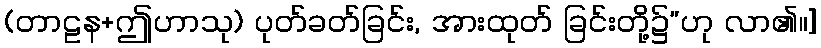
(တာဠန+ဤဟာသု) ပုတ်ခတ်ခြင်း, အားထုတ် ခြင်းတို့၌”ဟု လာ၏။]